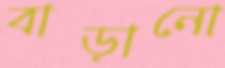
বাড়ানো